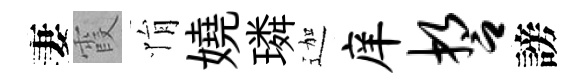
妻霞悁嬈璘迦庠誓謗